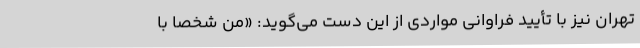
تهران نیز با تأیید فراوانی مواردی از این دست می‌گوید: «من شخصاً با